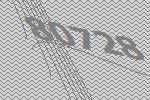
80728